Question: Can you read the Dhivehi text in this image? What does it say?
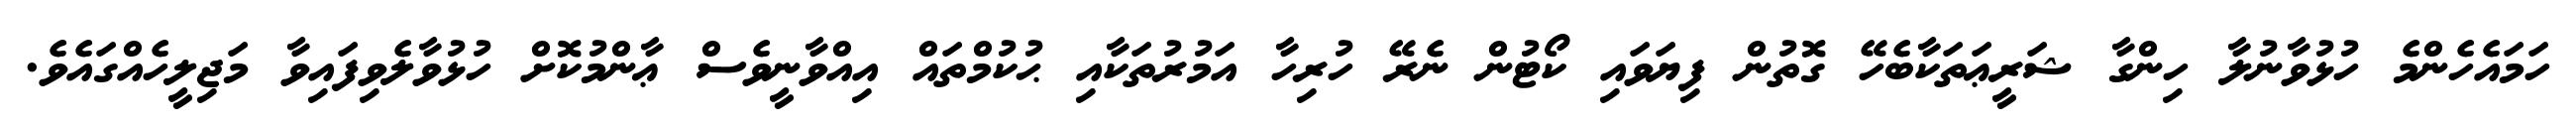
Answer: ހަމައެހެންމެ ހުޅުވާނުލާ ހިންގާ ޝަރީޢަތަކާބެހޭ ގޮތުން ފިޔަވައި ކޯޓުން ނެރޭ ހުރިހާ އަމުރުތަކާއި ޙުކުމްތައް އިއްވާނީވެސް ޢާންމުކޮށް ހުޅުވާލެވިފައިވާ މަޖިލީހެއްގައެވެ.